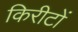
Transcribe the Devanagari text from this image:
किरीटों